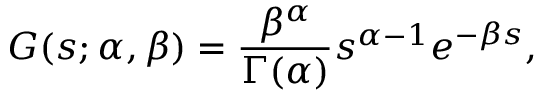
G ( s ; \alpha , \beta ) = \frac { \beta ^ { \alpha } } { \Gamma ( \alpha ) } s ^ { \alpha - 1 } e ^ { - \beta s } ,